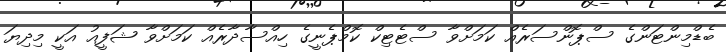
ބެޑްމިންޓަންގެ ސްޕޮންސަރެއް ކަމަށްވާ ސްޓެޓިކް ކޮމްޕެނީގެ ހިއްސާދާރެއް ކަމަށްވާ ޝަފީއު އަކީ މިދިޔަ